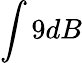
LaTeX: \int 9dB